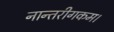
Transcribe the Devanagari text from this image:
नान्तरीगकम।